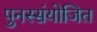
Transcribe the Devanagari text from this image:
पुनस्संयोजित